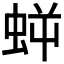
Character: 𧊜